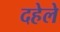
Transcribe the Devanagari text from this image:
दहेले